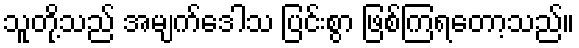
သူတို့သည် အမျက်ဒေါသ ပြင်းစွာ ဖြစ်ကြရတော့သည်။